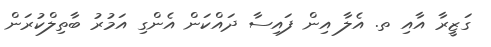
ގަޒީރާ އާއި ތ. އެލާ އިން ފައިސާ ދައްކަން އެންގި އަމުރު ބާތިލްކުރަން